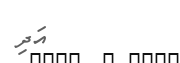
އަދި